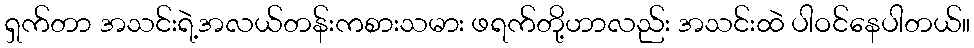
ရှက်တာ အသင်းရဲ့အလယ်တန်းကစားသမား ဖရက်တို့ဟာလည်း အသင်းထဲ ပါဝင်နေပါတယ်။